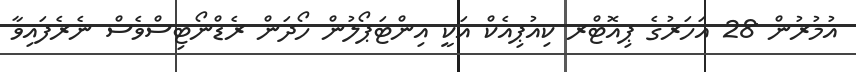
އުމުރުން 28 އަހަރުގެ ޕިއޮޓްރ ކިއުޕިއެކް އަކީ އިންޓަޕޯލުން ހޯދަން ރެޑްނޯޓިސްވެސް ނެރެފައިވާ